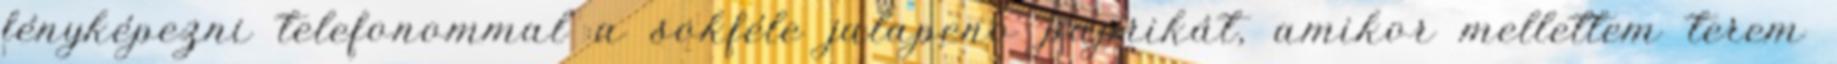
fényképezni telefonommal a sokféle jalapeno paprikát, amikor mellettem terem